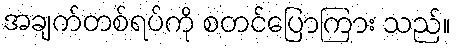
အချက်တစ်ရပ်ကို စတင်ပြောကြား သည်။